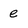
Character: e